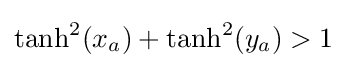
\tanh ^{2}(x_{a})+\tanh ^{2}(y_{a})>1